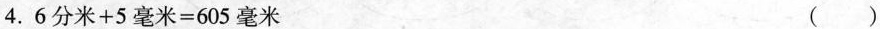
4. $$6 分 米 + 5 毫 米 = 6 0 5 毫 米$$ ( )